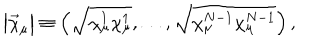
\left| \vec { \chi } _ { \mu } \right| \equiv \left( \sqrt { \chi _ { \mu } ^ { 1 } \chi _ { \mu } ^ { 1 } } , \ldots , \sqrt { \chi _ { \mu } ^ { N - 1 } \chi _ { \mu } ^ { N - 1 } } \right) ,